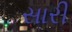
સારી